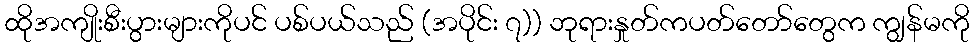
ထိုအကျိုးစီးပွားများကိုပင် ပစ်ပယ်သည် (အပိုင်း ၇)) ဘုရားနှုတ်ကပတ်တော်တွေက ကျွန်မကို